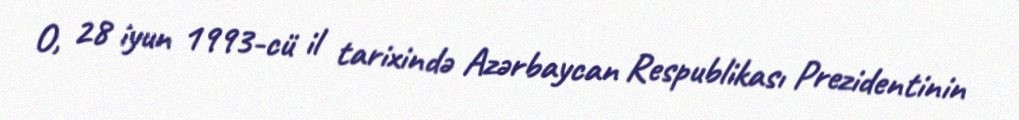
O, 28 iyun 1993-cü il tarixində Azərbaycan Respublikası Prezidentinin